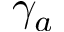
\gamma _ { a }